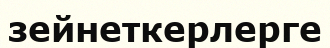
зейнеткерлерге